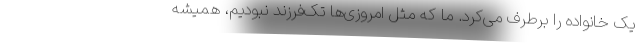
یک خانواده را برطرف می‌کرد. ما که مثل امروزی‌ها تک‌فرزند نبودیم، همیشه